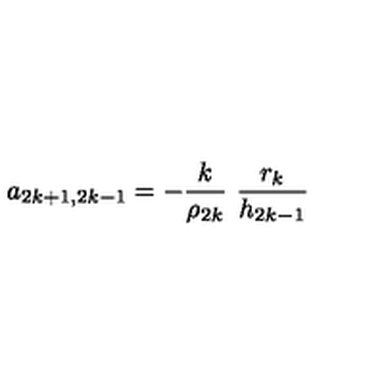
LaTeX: a _ { 2 k + 1 , 2 k - 1 } = - \frac { k } { \rho _ { 2 k } } \ \frac { r _ { k } } { h _ { 2 k - 1 } }